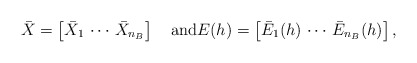
\begin{align*} \bar{X} = \left[ \bar{X}_1 \, \cdots \, \bar{X}_{n_B} \right] \quad\mbox{and}E(h) = \left[ \bar{E}_1(h) \,\cdots\, \bar{E}_{n_B}(h) \right],\end{align*}